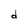
Character: d